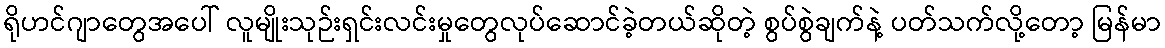
ရိုဟင်ဂျာတွေအပေါ် လူမျိုးသုဉ်းရှင်းလင်းမှုတွေလုပ်ဆောင်ခဲ့တယ်ဆိုတဲ့ စွပ်စွဲချက်နဲ့ ပတ်သက်လို့တော့ မြန်မာ